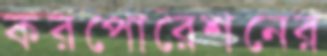
করপোরেশনের